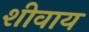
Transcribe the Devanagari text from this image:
शीवाय